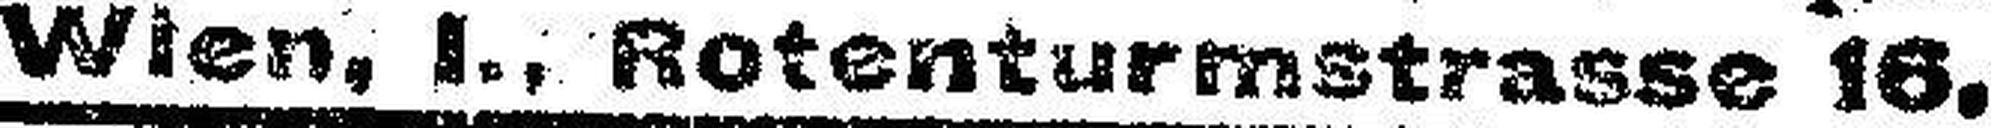
Wien, I., Rotenturmstrasse 16.